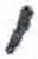
אות: י